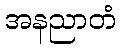
အနညာတံ